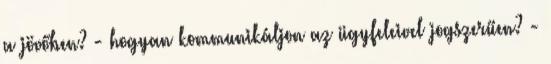
a jövőben? - hogyan kommunikáljon az ügyfeleivel jogszerűen? -